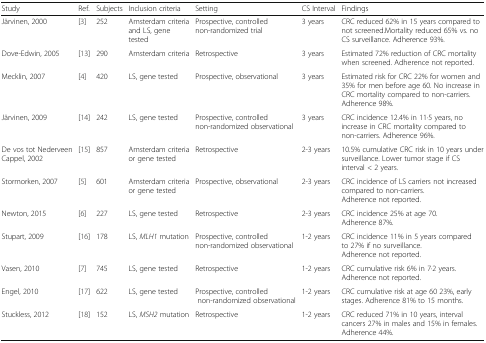
| Study | Ref. | Subjects | Inclusion criteria | Setting | CS Interval | Findings |
 | --- | --- | --- | --- | --- | --- | --- |
 | Järvinen, 2000 | [3] | 252 | Amsterdam criteria and LS, gene tested | Prospective, controlled non-randomized trial | 3 years | CRC reduced 62% in 15 years compared to not screened.Mortality reduced 65% vs. no CS surveillance. Adherence 93%. |
 | Dove-Edwin, 2005 | [13] | 290 | Amsterdam criteria | Retrospective | 3 years | Estimated 72% reduction of CRC mortality when screened. Adherence not reported. |
 | Mecklin, 2007 | [4] | 420 | LS, gene tested | Prospective, observational | 3 years | Estimated risk for CRC 22% for women and 35% for men before age 60. No increase in CRC mortality compared to non-carriers. Adherence 98%. |
 | Järvinen, 2009 | [14] | 242 | LS, gene tested | Prospective, controlled non-randomized observational | 3 years | CRC incidence 12.4% in 11·5 years, no increase in CRC mortality compared to non-carriers. Adherence 96%. |
 | De vos tot Nederveen Cappel, 2002 | [15] | 857 | Amsterdam criteria or gene tested | Retrospective | 2-3 years | 10.5% cumulative CRC risk in 10 years under surveillance. Lower tumor stage if CS interval < 2 years. |
 | Stormorken, 2007 | [5] | 601 | Amsterdam criteria or gene tested | Prospective, observational | 2-3 years | CRC incidence of LS carriers not increased compared to non-carriers. Adherence not reported. |
 | Newton, 2015 | [6] | 227 | LS, gene tested | Retrospective | 2-3 years | CRC incidence 25% at age 70. Adherence 87%. |
 | Stupart, 2009 | [16] | 178 | LS, MLH1 mutation | Prospective, controlled non-randomized observational | 1-2 years | CRC incidence 11% in 5 years compared to 27% if no surveillance. Adherence not reported. |
 | Vasen, 2010 | [7] | 745 | LS, gene tested | Retrospective | 1-2 years | CRC cumulative risk 6% in 7·2 years. Adherence not reported. |
 | Engel, 2010 | [17] | 622 | LS, gene tested | Prospective, controlled non-randomized observational | 1-2 years | CRC cumulative risk at age 60 23%, early stages. Adherence 81% to 15 months. |
 | Stuckless, 2012 | [18] | 152 | LS, MSH2 mutation | Retrospective | 1-2 years | CRC reduced 71% in 10 years, interval cancers 27% in males and 15% in females. Adherence 44%. |